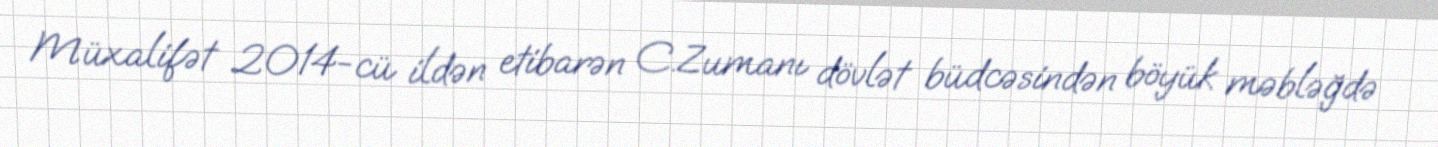
Müxalifət 2014-cü ildən etibarən C.Zumanı dövlət büdcəsindən böyük məbləğdə